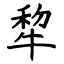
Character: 犂